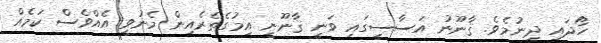
ހޯދައި ދިނުމެވެ. ޤާނޫނު އަސާސީގައި ވަނީ ޤާނޫނީ އިމުގެތެރެއިން މެނުވީ އެއްވެސް ކަމެއް